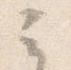
云